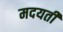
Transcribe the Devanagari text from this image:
मदयती